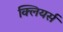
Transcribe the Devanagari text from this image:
क्लियर्स